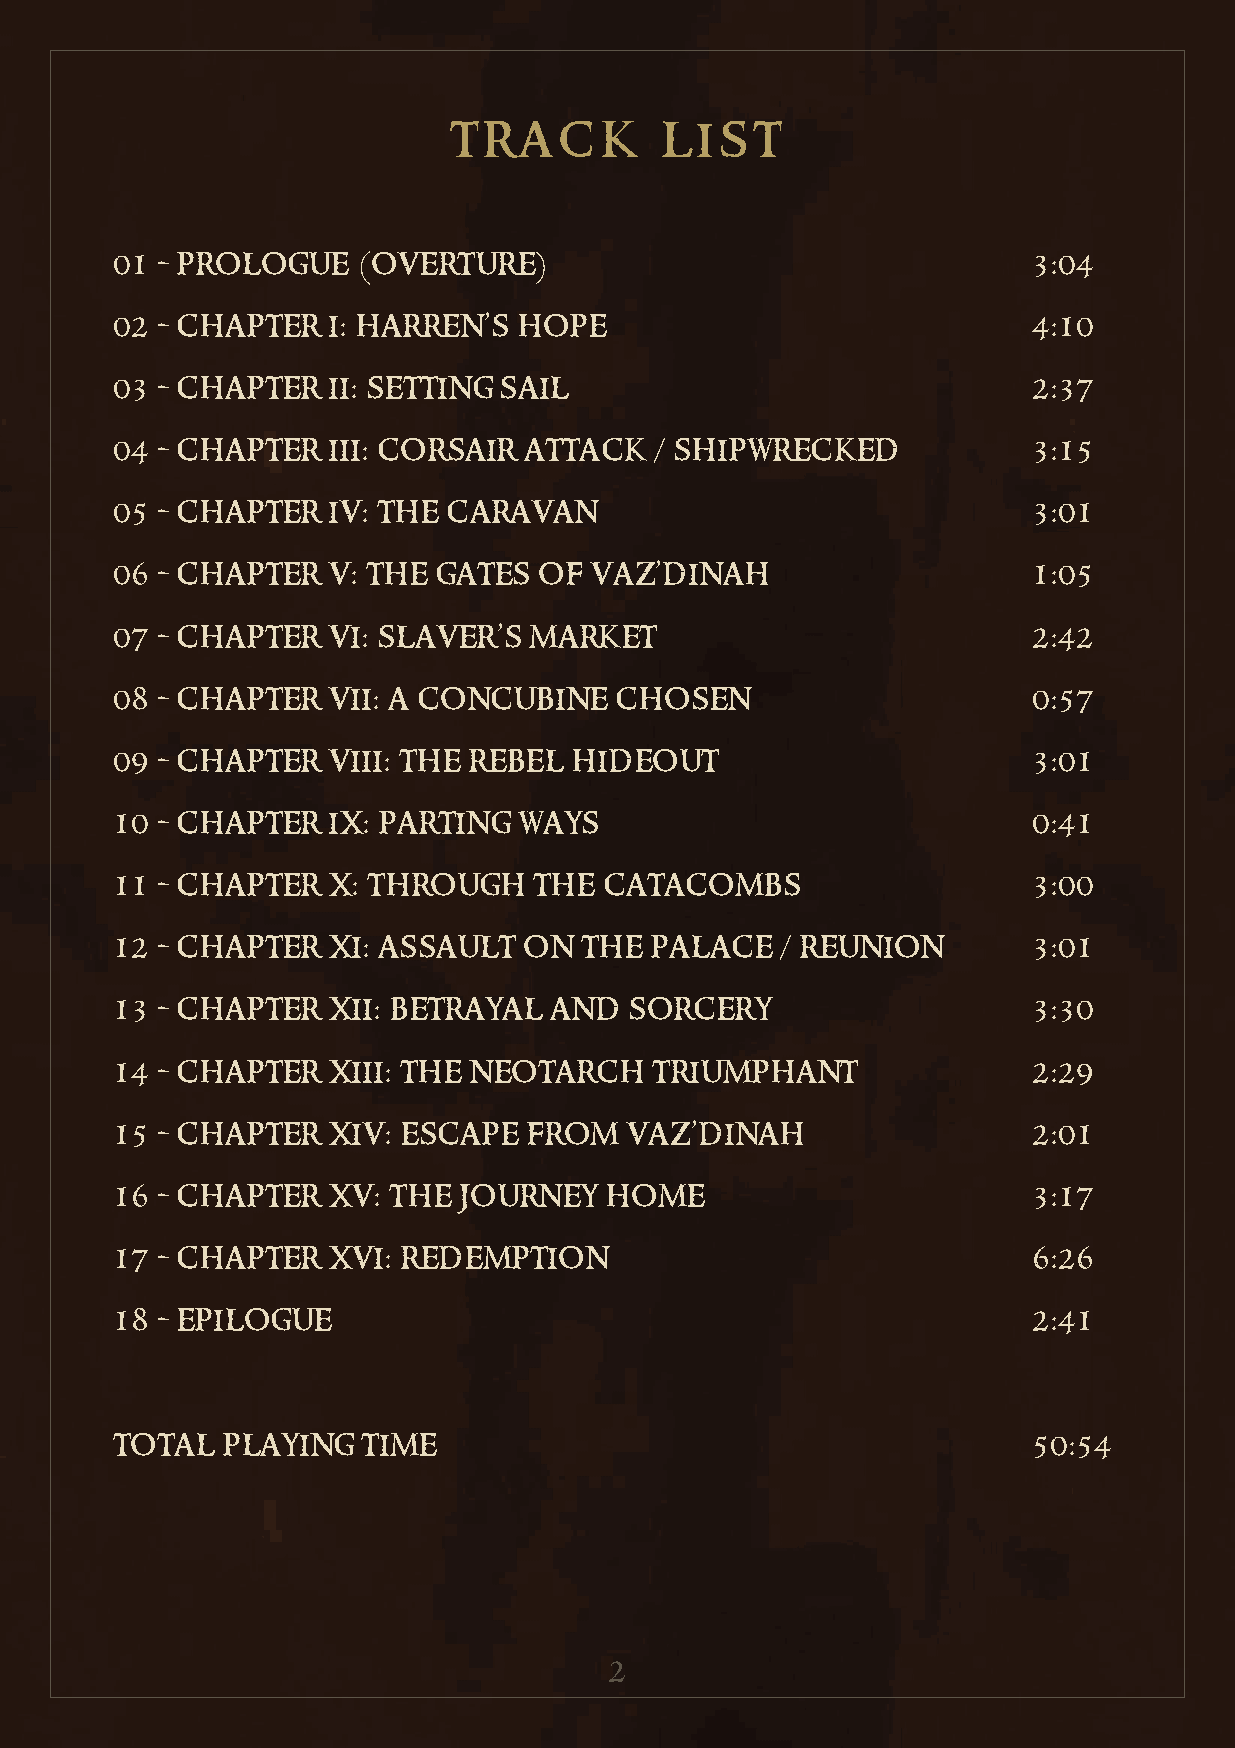
track         list
 01 - prologue    (overture)                                  3:04
 02 - chapter   i: harren’s hope                              4:10
 03 - chapter   ii: setting sail                              2:37
 04 - chapter   iii: corsair attack  / shipwrecked            3:15
 05 - chapter   iv: the caravan                               3:01
 06 - chapter   v: the gates  of vaz’dinah                    1:05
 07 - chapter   vi: slaver’s market                           2:42
 08 - chapter   vii: a concubine   chosen                     0:57
 09 - chapter   viii: the rebel hideout                       3:01
 10 - chapter   ix: parting ways                              0:41
 11 - chapter   x: through   the  catacombs                   3:00
 12 - chapter   xi: assault  on the  palace   / reunion       3:01
 13 - chapter   xii: betrayal and   sorcery                   3:30
 14 - chapter   xiii: the neotarch   triumphant               2:29
 15 - chapter   xiv: escape  from  vaz’dinah                  2:01
 16 - chapter   xv: the journey   home                        3:17
 17 - chapter   xvi: redemption                               6:26
 18 - epilogue                                                2:41
 total   playing  time                                        50:54
 2